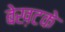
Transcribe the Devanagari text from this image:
बेख़टके